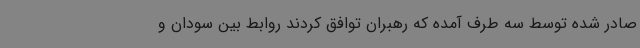
صادر شده توسط سه طرف آمده که رهبران توافق کردند روابط بین سودان و